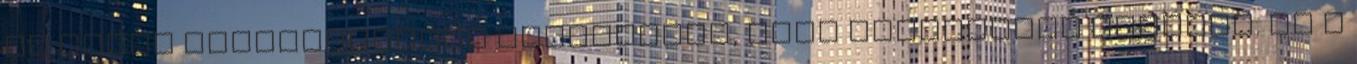
az angol terminológiát alkalmazni, mint legkevésbé rosszat. Ők a